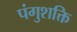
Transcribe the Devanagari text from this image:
पंगुशक्ति